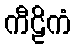
ကီဠိကံ